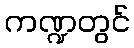
ကဏ္ဍတွင်